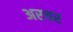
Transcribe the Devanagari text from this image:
अरयर